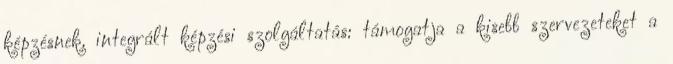
képzésnek. integrált képzési szolgáltatás: támogatja a kisebb szervezeteket a